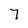
Character: 7